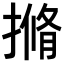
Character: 𭢎